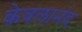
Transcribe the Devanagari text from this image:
केवलानंद